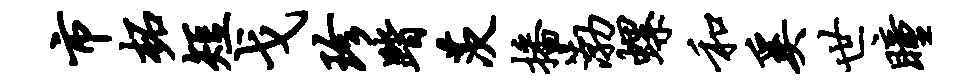
市柘短戈珍踏茨播渤螺和奚世瞳